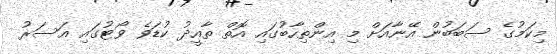
މިކަމުގެ ސަބަބުން އޭނާއަށް މި އިންތިހާބުގައި އޮތް ތާއީދު ކުޑަވެ ވޯޓުގައި އަސަރު